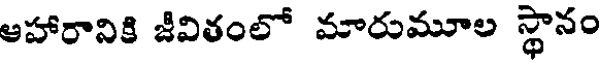
ఆహారానికి జీవితంలో మారుమూల స్థానం